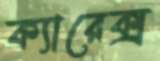
ক্যারেক্স